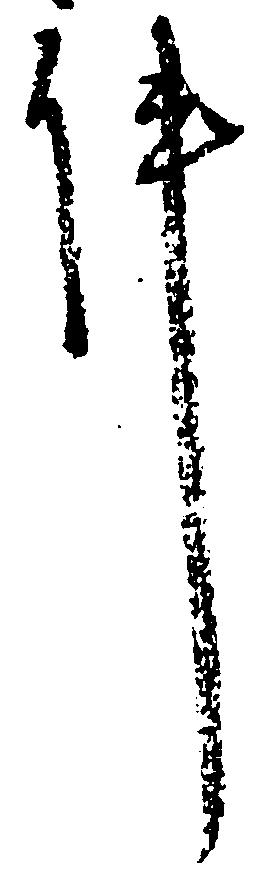
件